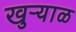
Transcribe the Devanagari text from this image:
खुऱ्‍याळ